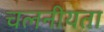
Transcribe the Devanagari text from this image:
चलनीयता